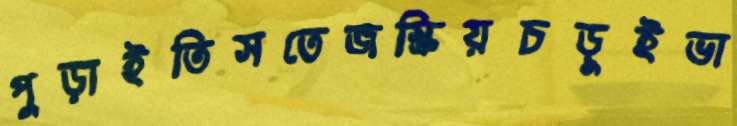
পুড়াইতিসতেজস্ক্রিয়চড়ুইভা